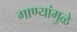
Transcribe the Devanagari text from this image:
गाण्यांमुळे